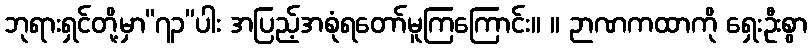
ဘုရားရှင်တို့မှာ“၇၃”ပါး အပြည့်အစုံရတော်မူကြကြောင်း။ ။ ဉာဏကထာကို ရှေးဦးစွာ